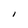
Character: I